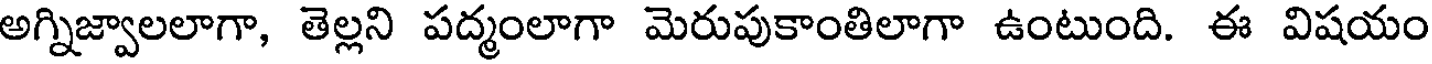
అగ్నిజ్వాలలాగా, తెల్లని పద్మంలాగా మెరుపుకాంతిలాగా ఉంటుంది. ఈ విషయం